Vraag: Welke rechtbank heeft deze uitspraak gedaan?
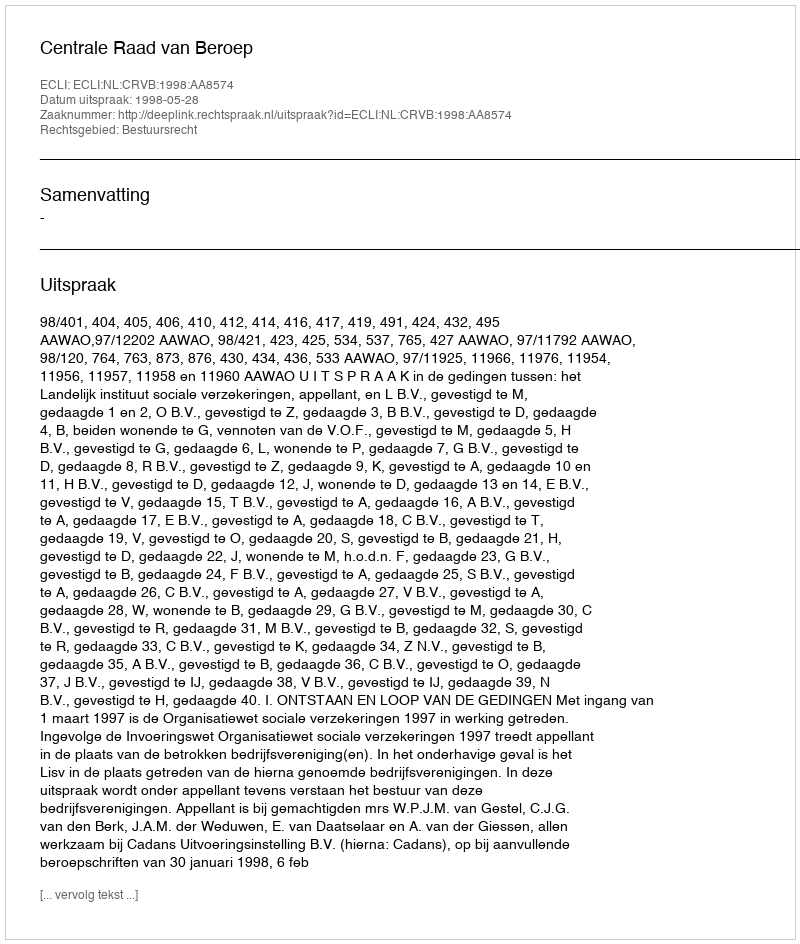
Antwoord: Centrale Raad van Beroep